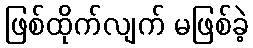
ဖြစ်ထိုက်လျက် မဖြစ်ခဲ့